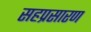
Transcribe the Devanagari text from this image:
सहप्रसारण